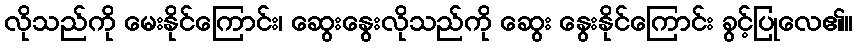
လိုသည်ကို မေးနိုင်ကြောင်း၊ ဆွေးနွေးလိုသည်ကို ဆွေး နွေးနိုင်ကြောင်း ခွင့်ပြုလေ၏။